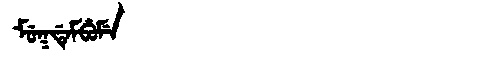
Manchu: ᠮᡠᡴᡩᡝᠮᠪᡠᠮᡝ
Romanization: MUKDEMBUME